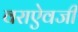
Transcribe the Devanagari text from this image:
वराऐवजी